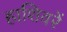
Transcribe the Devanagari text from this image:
हाशिवरें